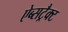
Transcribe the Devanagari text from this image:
ऐब्सट्रैक्ट